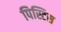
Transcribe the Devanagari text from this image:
पिस्टिस